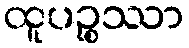
ထူပဉ္စဿာ